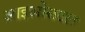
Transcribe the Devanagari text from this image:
आइओसटल